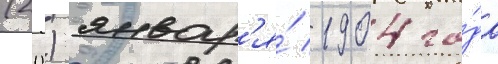
(20) январ'я́ 1904 го́да